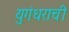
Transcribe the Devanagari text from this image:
युगंधराची